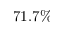
7 1 . 7 \%